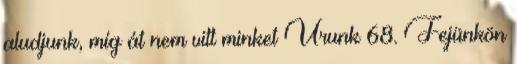
aludjunk, míg át nem vitt minket Urunk 68. Fejünkön